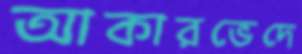
আকারভেদে